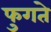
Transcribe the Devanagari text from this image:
फुगते